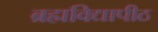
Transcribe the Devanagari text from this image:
ब्रह्मविद्यापीठ